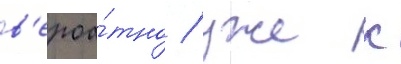
в'ероа́тно / уже к